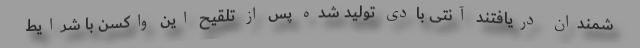
شمندان دریافتند آنتی بادی تولید شده پس از تلقیح این واکسن با شرایط